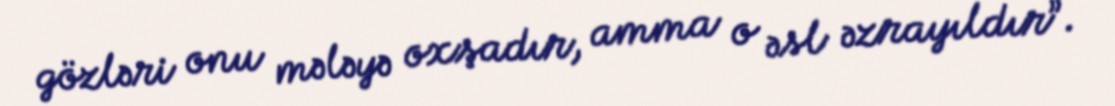
gözləri onu mələyə oxşadır, amma o əsl əzrayıldır”.